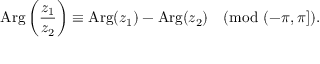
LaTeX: \operatorname { A r g } { \biggl ( } { \frac { z _ { 1 } } { z _ { 2 } } } { \biggr ) } \equiv \operatorname { A r g } ( z _ { 1 } ) - \operatorname { A r g } ( z _ { 2 } ) { \pmod { ( - \pi , \pi ] } } .